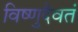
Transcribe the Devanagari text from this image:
विष्णुदैवतं